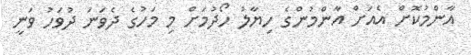
އާންމުކޮށް އެއަށް އާންމުންގެ ހިޔާލު ހޯދުމަށް މި މަހުގެ ދެވަނަ ދުވަހު ވަނީ